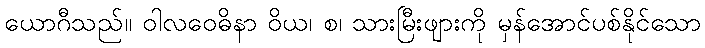
ယောဂီသည်။ ဝါလဝေဓိနာ ဝိယ၊ စ၊ သားမြီးဖျားကို မှန်အောင်ပစ်နိုင်သော